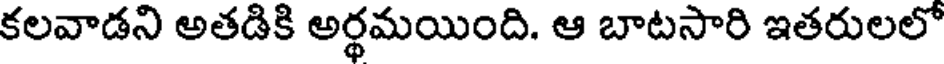
కలవాడని అతడికి అర్థమయింది. ఆ బాటసారి ఇతరులలో